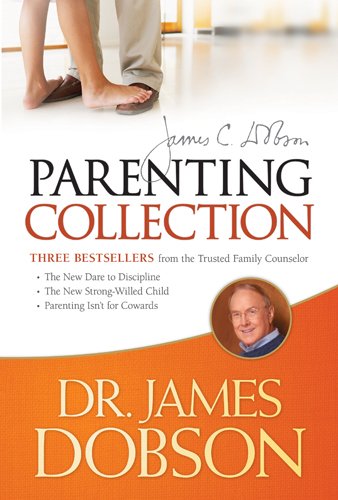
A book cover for The Dr. James Dobson Parenting Collection; James C. Dobson; Christian Books & Bibles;